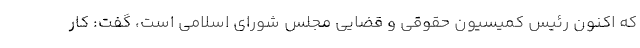
که اکنون رئیس کمیسیون حقوقی و قضایی مجلس شورای اسلامی است، گفت: کار